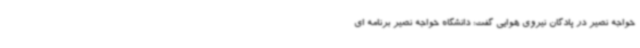
خواجه نصیر در پادگان نیروی هوایی گفت: دانشگاه خواجه نصیر برنامه ای